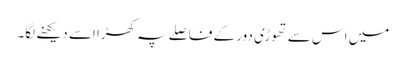
میں اس سے تھوڑی دور کے فاصلے پہ کھڑا اسے دیکھنے لگا۔